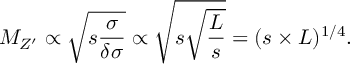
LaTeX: M _ { Z ^ { \prime } } \propto \sqrt { s \frac { { \sigma } } { \delta { \sigma } } } \propto \sqrt { s \sqrt { \frac { { \cal { L } } } { s } } } = ( s \times { \cal { L } } ) ^ { 1 / 4 } .